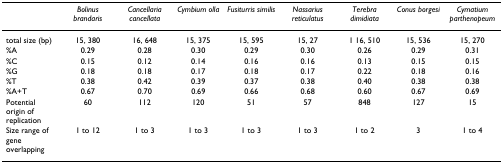
|  | Bolinus brandaris | Cancellaria cancellata | Cymbium olla | Fusiturris similis | Nassarius reticulatus | Terebra dimidiata | Conus borgesi | Cymatium parthenopeum |
 | --- | --- | --- | --- | --- | --- | --- | --- | --- |
 | total size (bp) | 15, 380 | 16, 648 | 15, 375 | 15, 595 | 15, 27 | 1 16, 510 | 15, 536 | 15, 270 |
 | %A | 0.29 | 0.28 | 0.30 | 0.29 | 0.30 | 0.26 | 0.29 | 0.31 |
 | %C | 0.15 | 0.12 | 0.14 | 0.16 | 0.16 | 0.13 | 0.15 | 0.15 |
 | %G | 0.18 | 0.18 | 0.17 | 0.18 | 0.17 | 0.22 | 0.18 | 0.16 |
 | %T | 0.38 | 0.42 | 0.39 | 0.37 | 0.38 | 0.40 | 0.38 | 0.38 |
 | %A+T | 0.67 | 0.70 | 0.69 | 0.66 | 0.68 | 0.60 | 0.67 | 0.69 |
 | Potential origin of replication | 60 | 112 | 120 | 51 | 57 | 848 | 127 | 15 |
 | Size range of gene overlapping | 1 to 12 | 1 to 3 | 1 to 3 | 1 to 3 | 1 to 3 | 1 to 2 | 3 | 1 to 4 |